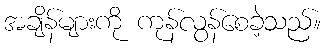
အချိန်များကို ကုန်လွန်စေခဲ့သည်။